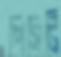
পিসিটি